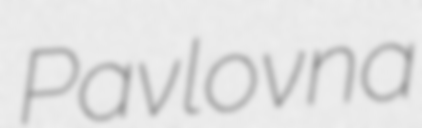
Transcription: Pavlovna